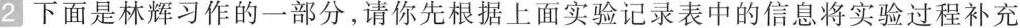
2 下面是林辉习作的一部分，请你先根据上面实验记录表中的信息将实验过程补充